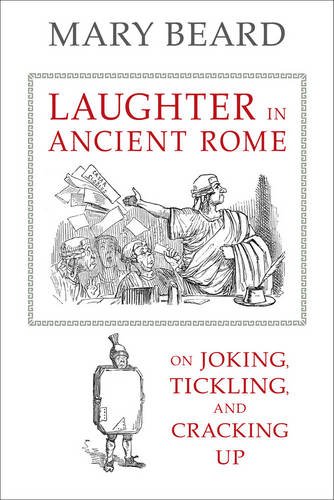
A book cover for Laughter in Ancient Rome: On Joking, Tickling, and Cracking Up (Sather Classical Lectures); Mary Beard; Humor & Entertainment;